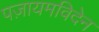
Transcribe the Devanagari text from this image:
पज़ायमविदेन